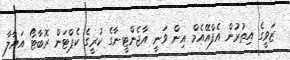
ޒަވީގެ އިތުރުން އެފްއޭއެމް އިން ވަނީ އާޖެންޓީނާގެ ކުރީގެ ކެޕްޓަން ރޮބާޓޯ އަޔާލާ